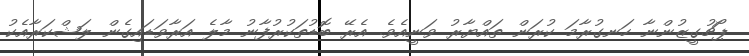
ޕޯޗުގީޒުންނާ ހަނގުރާމަ ކުރަން ތައްޔާރު ވަނީއެވެ. އެރޭ ބޮޑުތަކުރުފާނު މާލެ އަރާވަޑައިގެން ލަޝްކަރާއެކު